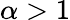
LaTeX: \alpha>1